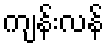
ကျန်းလန်